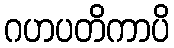
ဂဟပတိကာပိ